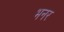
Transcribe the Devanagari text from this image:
भनर